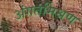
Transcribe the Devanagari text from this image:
अंगतमिश्रण